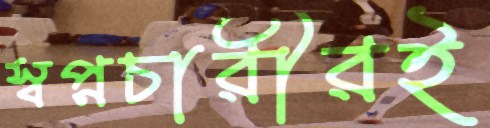
স্বপ্নচারীরই